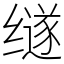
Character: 䍁